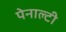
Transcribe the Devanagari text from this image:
पेनाल्‍टी